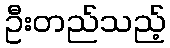
ဦးတည်သည့်